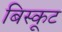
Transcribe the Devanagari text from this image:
बिस्कूट